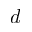
d